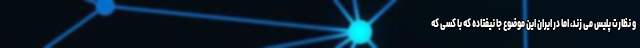
و نظارت پلیس می زند، اما در ایران این موضوع جا نیفتاده که با کسی که